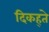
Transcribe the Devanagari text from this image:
दिकह्ते